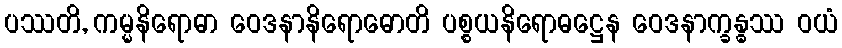
ပဿတိ, ကမ္မနိရောဓာ ဝေဒနာနိရောဓောတိ ပစ္စယနိရောဓဋ္ဌေန ဝေဒနာက္ခန္ဓဿ ဝယံ